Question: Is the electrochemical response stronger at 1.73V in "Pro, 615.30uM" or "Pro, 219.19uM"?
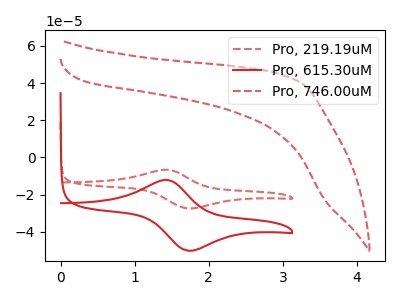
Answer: <think>The red dashed curve "Pro, 219.19uM" has an anodic peak at (1.40V, -6.65uA) and a cathodic peak at (1.75V, -27.45uA). The red curve "Pro, 615.30uM" has an anodic peak at (1.40V, -12.15uA) and a cathodic peak at (1.75V, -50.25uA). The red dashed curve "Pro, 746.00uM" has no peaks.</think>
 <answer>The peak at 1.73V is higher in "Pro, 615.30uM" than in "Pro, 219.19uM".</answer>
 <eval>higher</eval>